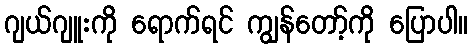
ဂျယ်ဂျူးကို ရောက်ရင် ကျွန်တော့်ကို ပြောပါ။